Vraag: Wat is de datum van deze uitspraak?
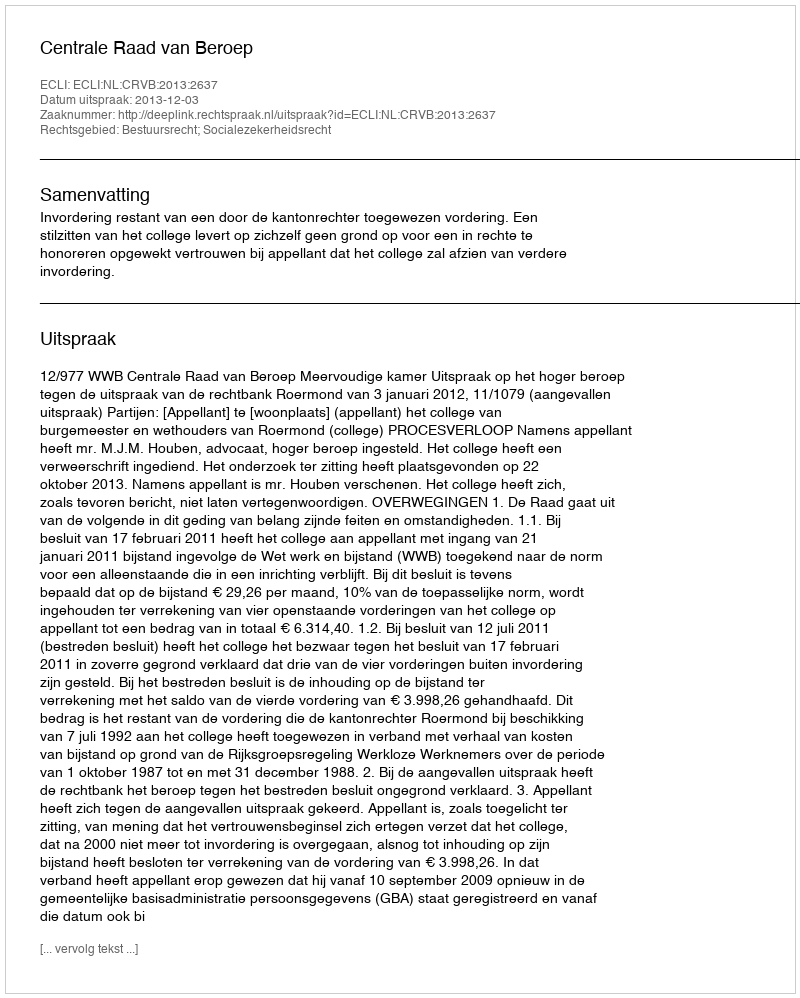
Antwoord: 2013-12-03